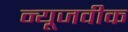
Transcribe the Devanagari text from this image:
न्‍यूजवीक